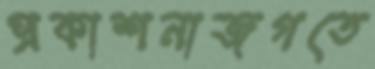
প্রকাশনাজগতে